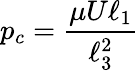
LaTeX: p_{c}=\frac{\mu U\ell_{1}}{\ell_{3}^{2}}